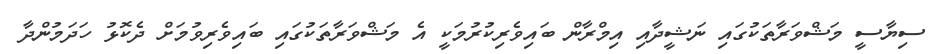
ސިޔާސީ މަޝްވަރާތަކުގައި ނަޝީދާއި އިމްރާން ބައިވެރިކުރުމަކީ އެ މަޝްވަރާތަކުގައި ބައިވެރިވުމަށް ދެކޮޅު ހަދަމުންދާ